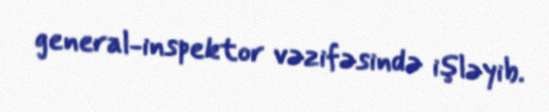
general-inspektor vəzifəsində işləyib.